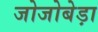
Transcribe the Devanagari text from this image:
जोजोबेड़ा